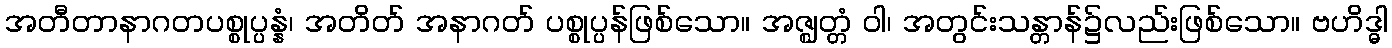
အတီတာနာဂတပစ္စုပ္ပန္နံ၊ အတိတ် အနာဂတ် ပစ္စုပ္ပန်ဖြစ်သော။ အဇ္ဈတ္တံ ဝါ၊ အတွင်းသန္တာန်၌လည်းဖြစ်သော။ ဗဟိဒ္ဓါ